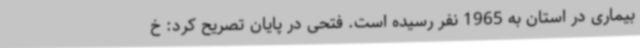
بیماری در استان به 1965 نفر رسیده است. فتحی در پایان تصریح کرد: خ